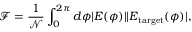
\mathcal { F } = \frac { 1 } { \mathcal { N } } \int _ { 0 } ^ { 2 \pi } d \phi | \boldsymbol { E } ( \phi ) | | \boldsymbol { E } _ { \mathrm { t a r g e t } } ( \phi ) | ,